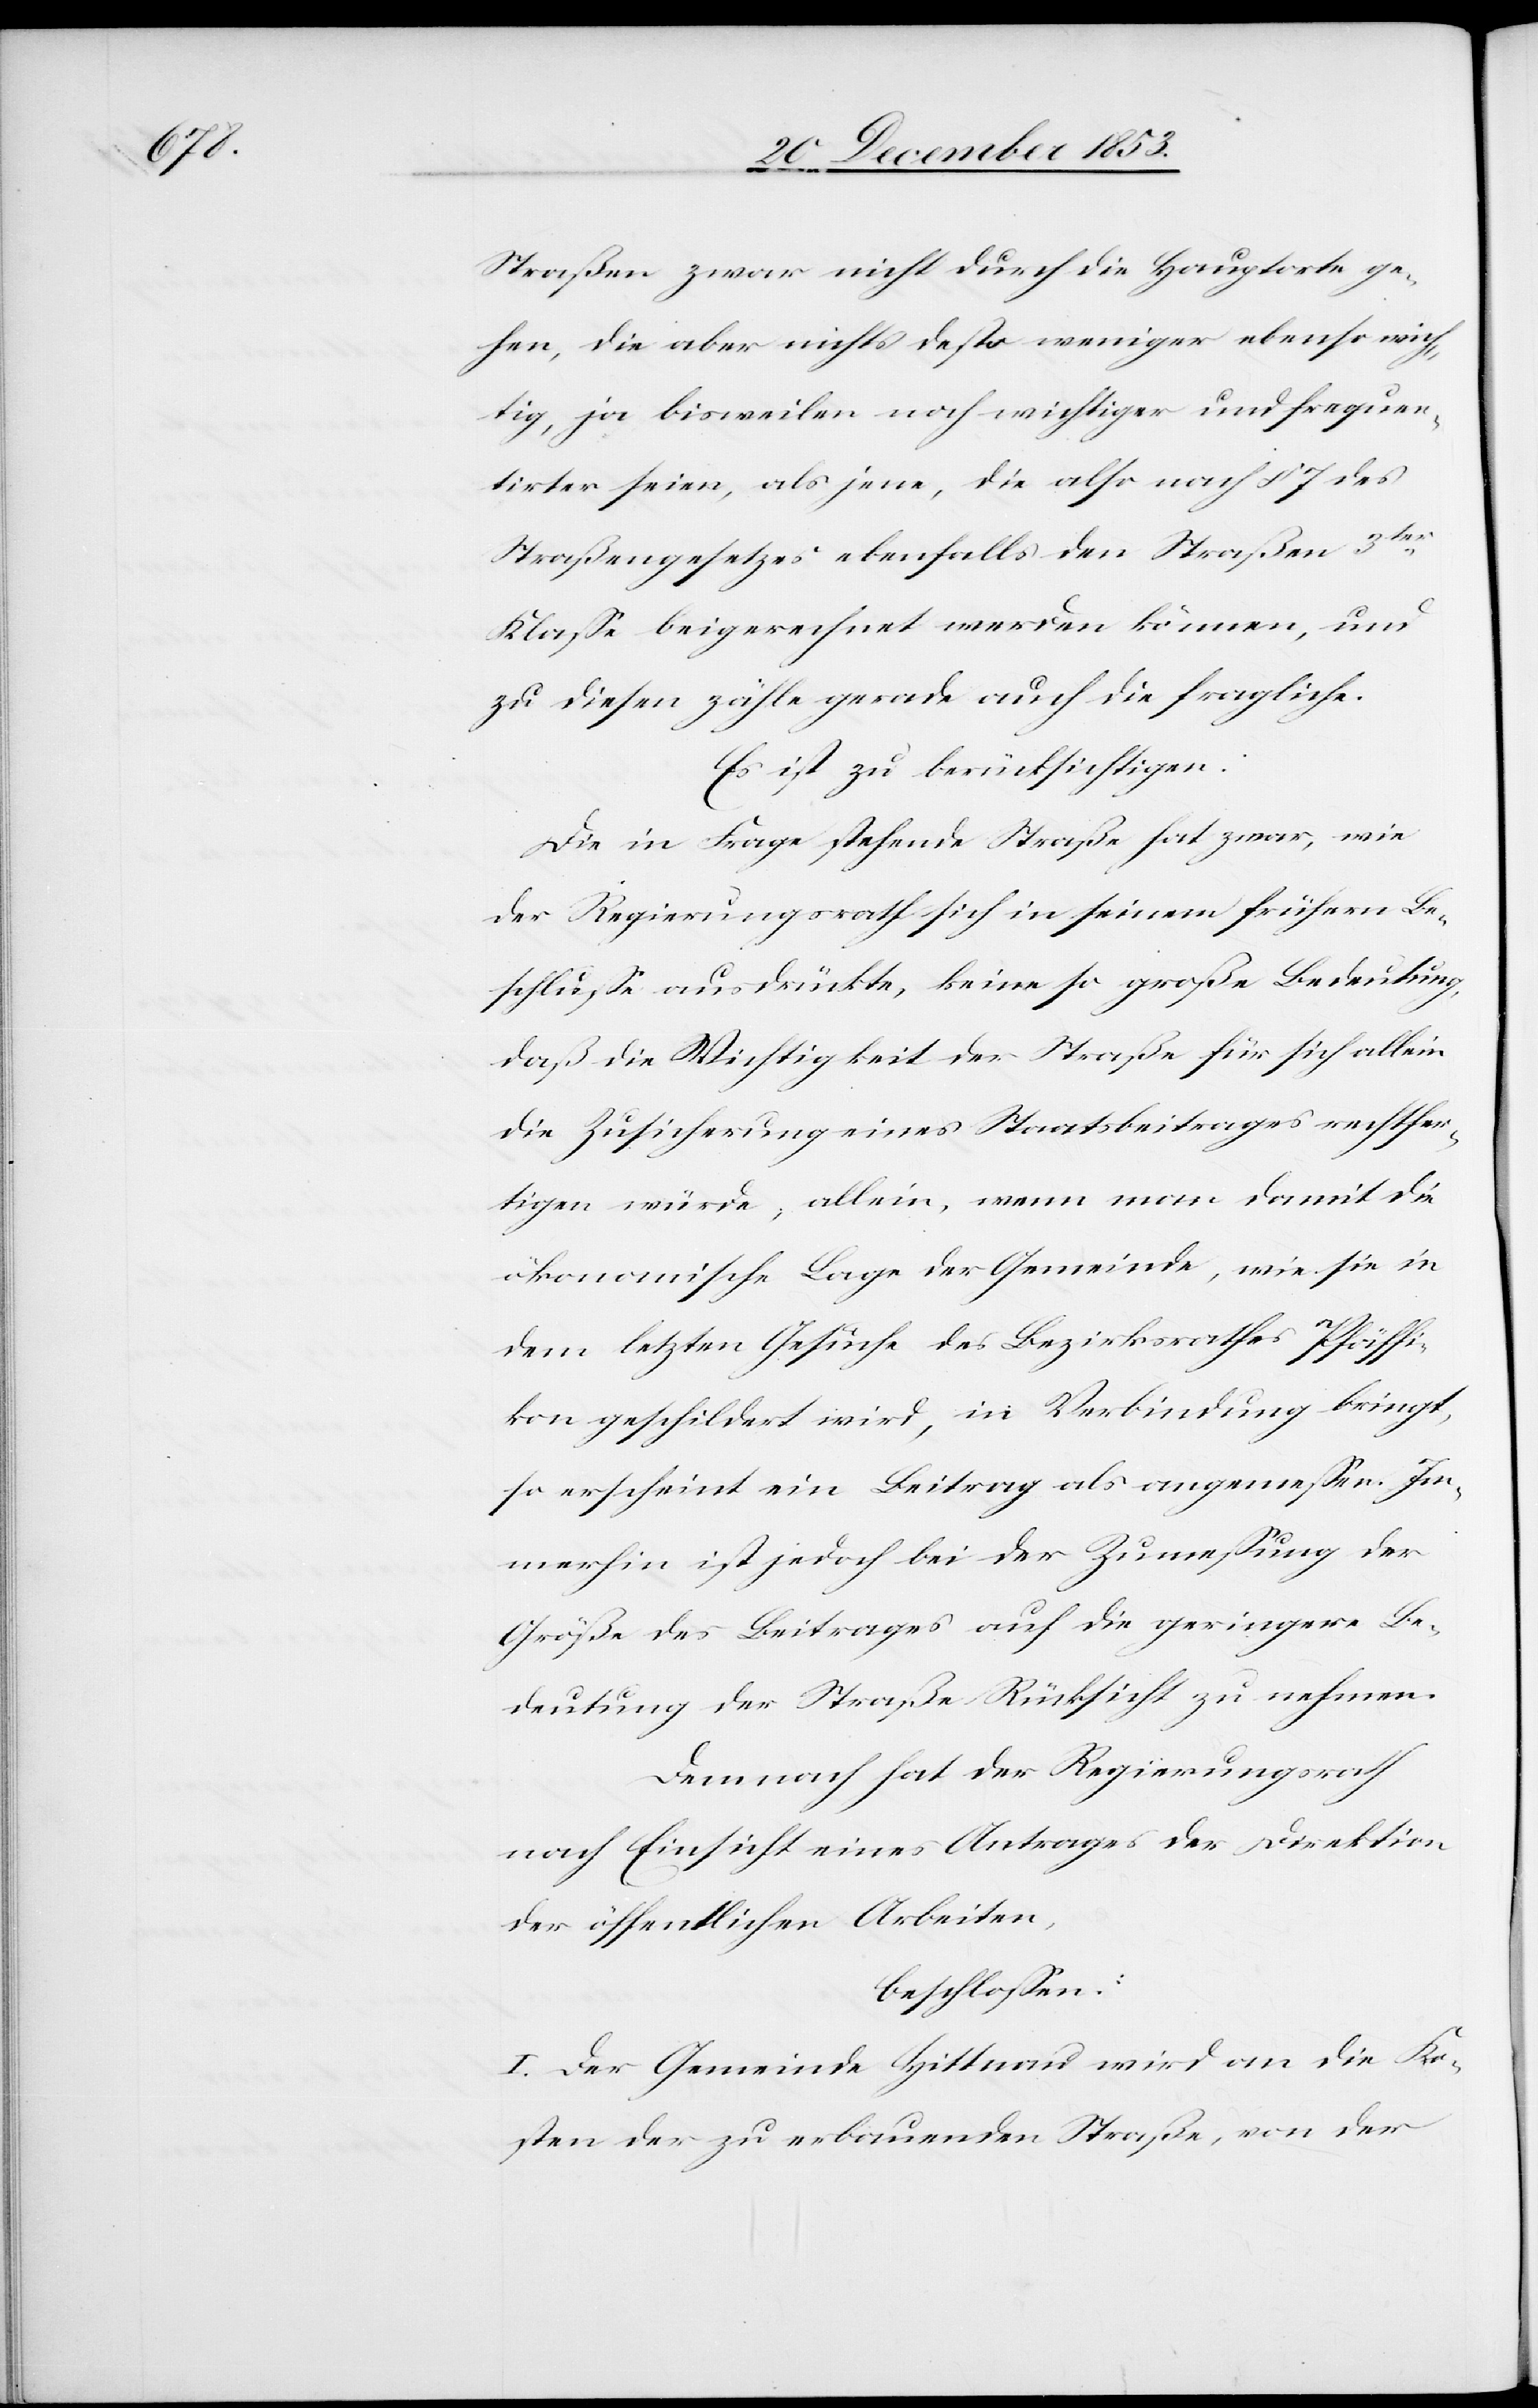
Straßen zwar nicht durch die Hauptorte ge¬
hen, die aber nichts desto weniger ebenso wich¬
tig, ja bisweilen noch wichtiger und frequen¬
tirter seien, als jene, die also nach § 7 des
Straßengesetzes ebenfalls den Straßen 3ter
Klaße beigerechnet werden können, und
zu diesen zähle gerade auch die fragliche.
Es ist zu berücksichtigen:
Die in Frage stehende Straße hat zwar, wie
der Regierungsrath sich in seinem frühern Be¬
schluße ausdrückte, keine so große Bedeutung,
daß die Wichtigkeit der Straße für sich allein
die Zusicherung eines Staatsbeitrages rechtfer¬
tigen würde, allein, wenn man damit die
ökonomische Lage der Gemeinde, wie sie in
dem letzten Gesuche des Bezirksrathes Pfäffi¬
kon geschildert wird, in Verbindung bringt,
so erscheint ein Beitrag als angemeßen. Im¬
merhin ist jedoch bei der Zumeßung der
Größe des Beitrages auf die geringere Be¬
deutung der Straße Rücksicht zu nehmen.
Demnach hat der Regierungsrath
nach Einsicht eines Antrages der Direktion
der öffentlichen Arbeiten,
beschloßen:
I. Der Gemeinde Hittnau wird an die Ko¬
sten der zu erbauenden Straße, von der